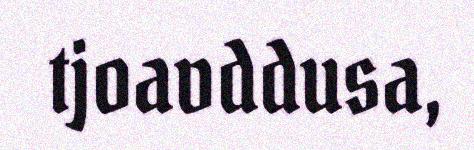
tjoavddusa,